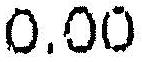
0.00